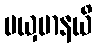
မယှမာနယိ